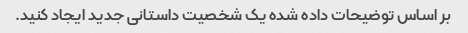
بر اساس توضیحات داده شده یک شخصیت داستانی جدید ایجاد کنید.